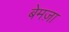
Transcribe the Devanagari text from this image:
बेमज़ा